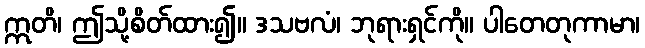
ဣတိ၊ ဤသို့စိတ်ထား၍။ ဒသဗလံ၊ ဘုရားရှင်ကို။ ပါတေတုကာမာ၊